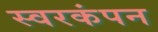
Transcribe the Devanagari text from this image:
स्वरकंपन